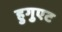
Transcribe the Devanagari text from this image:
हुगुएट